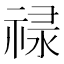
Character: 𬓈